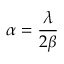
\alpha = \frac { \lambda } { 2 \beta }